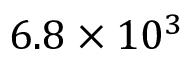
6 . 8 \times 1 0 ^ { 3 }